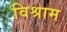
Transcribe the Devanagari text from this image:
विश्राम